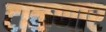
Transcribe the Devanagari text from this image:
टाळणार